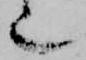
也